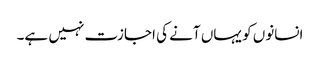
انسانوں کو یہاں آنے کی اجازت نہیں ہے۔